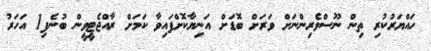
ހައްޔަރުކުރި ތިން ނޫސްވެރިންނަށް ވަރަށް ބޮޑަށް އަނިޔާކޮށްފައިވާ ކަމަށް ރާއްޖެޓީވީން ބުނެފި1 އަހަރު